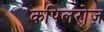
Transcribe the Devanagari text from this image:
कपिलरोज़